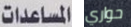
المساعدات حواري